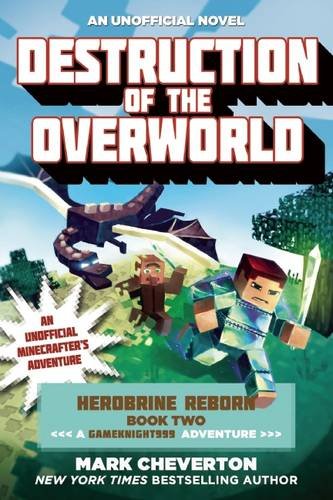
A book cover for Destruction of the Overworld: Herobrine Reborn Book Two: A Gameknight999 Adventure: An Unofficial MinecrafterEEs Adventure; Mark Cheverton; Children's Books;